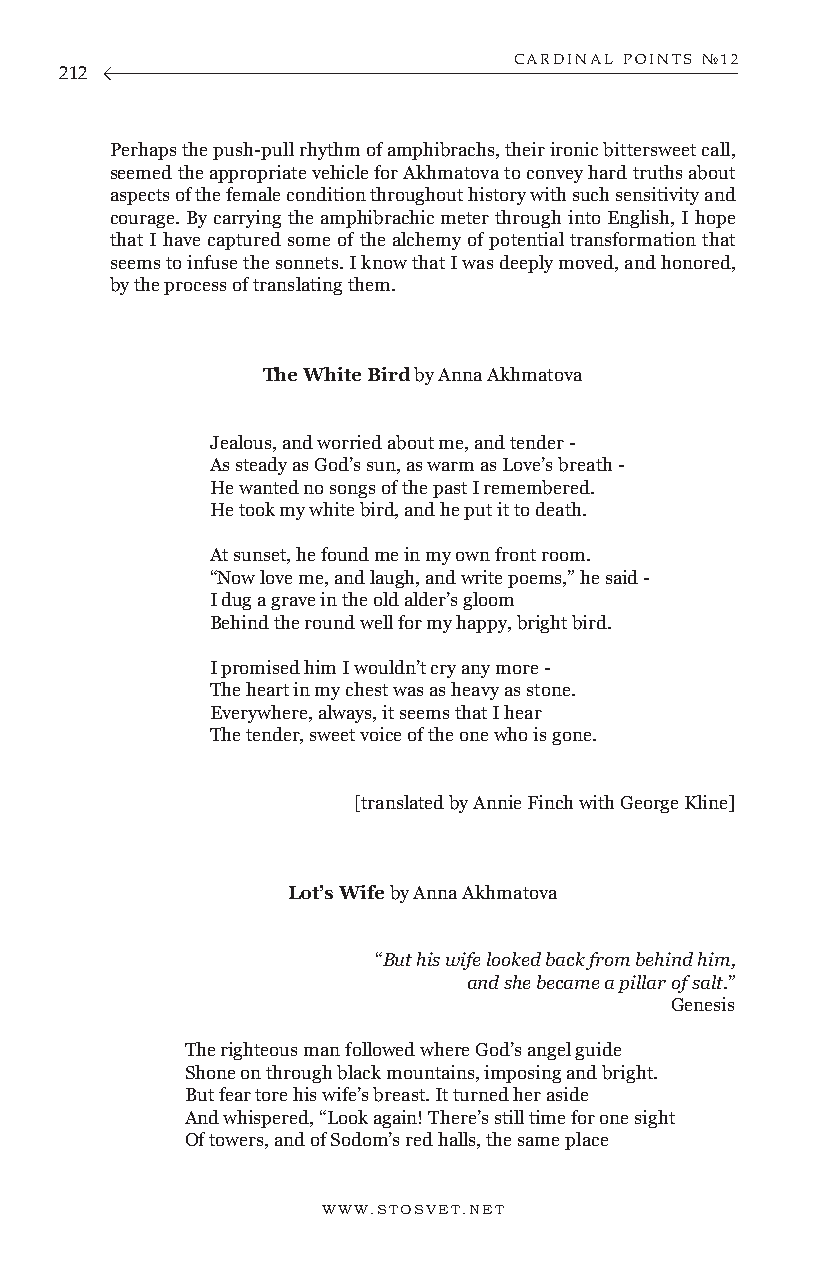
CARDINAL POINTS №12
 212
 Perhaps the push-pull rhythm of amphibrachs, their ironic bittersweet call,
 seemed the appropriate vehicle for Akhmatova to convey hard truths about
 aspects of the female condition throughout history with such sensitivity and
 courage. By carrying the amphibrachic meter through into English, I hope
 that I have captured some of the alchemy of potential transformation that
 seems to infuse the sonnets. I know that I was deeply moved, and honored,
 by the process of translating them.
 The White Bird by Anna Akhmatova
 Jealous, and worried about me, and tender -
 As steady as God’s sun, as warm as Love’s breath -
 He wanted no songs of the past I remembered.
 He took my white bird, and he put it to death.
 At sunset, he found me in my own front room.
 “Now love me, and laugh, and write poems,” he said -
 I dug a grave in the old alder’s gloom
 Behind the round well for my happy, bright bird.
 I promised him I wouldn’t cry any more -
 The heart in my chest was as heavy as stone.
 Everywhere, always, it seems that I hear
 The tender, sweet voice of the one who is gone.
 [translated by Annie Finch with George Kline]
 Lot’s Wife by Anna Akhmatova
 “But his wife looked back from behind him,
 and she became a pillar of salt.”
 Genesis
 The righteous man followed where God’s angel guide
 Shone on through black mountains, imposing and bright.
 But fear tore his wife’s breast. It turned her aside
 And whispered, “Look again! There’s still time for one sight
 Of towers, and of Sodom’s red halls, the same place
 WWW.STOSVET.NET                                        WWW.STOSVET.NET